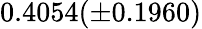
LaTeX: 0.4054(\pm 0.1960)